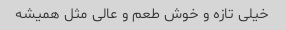
خیلی تازه و خوش طعم و عالی مثل همیشه